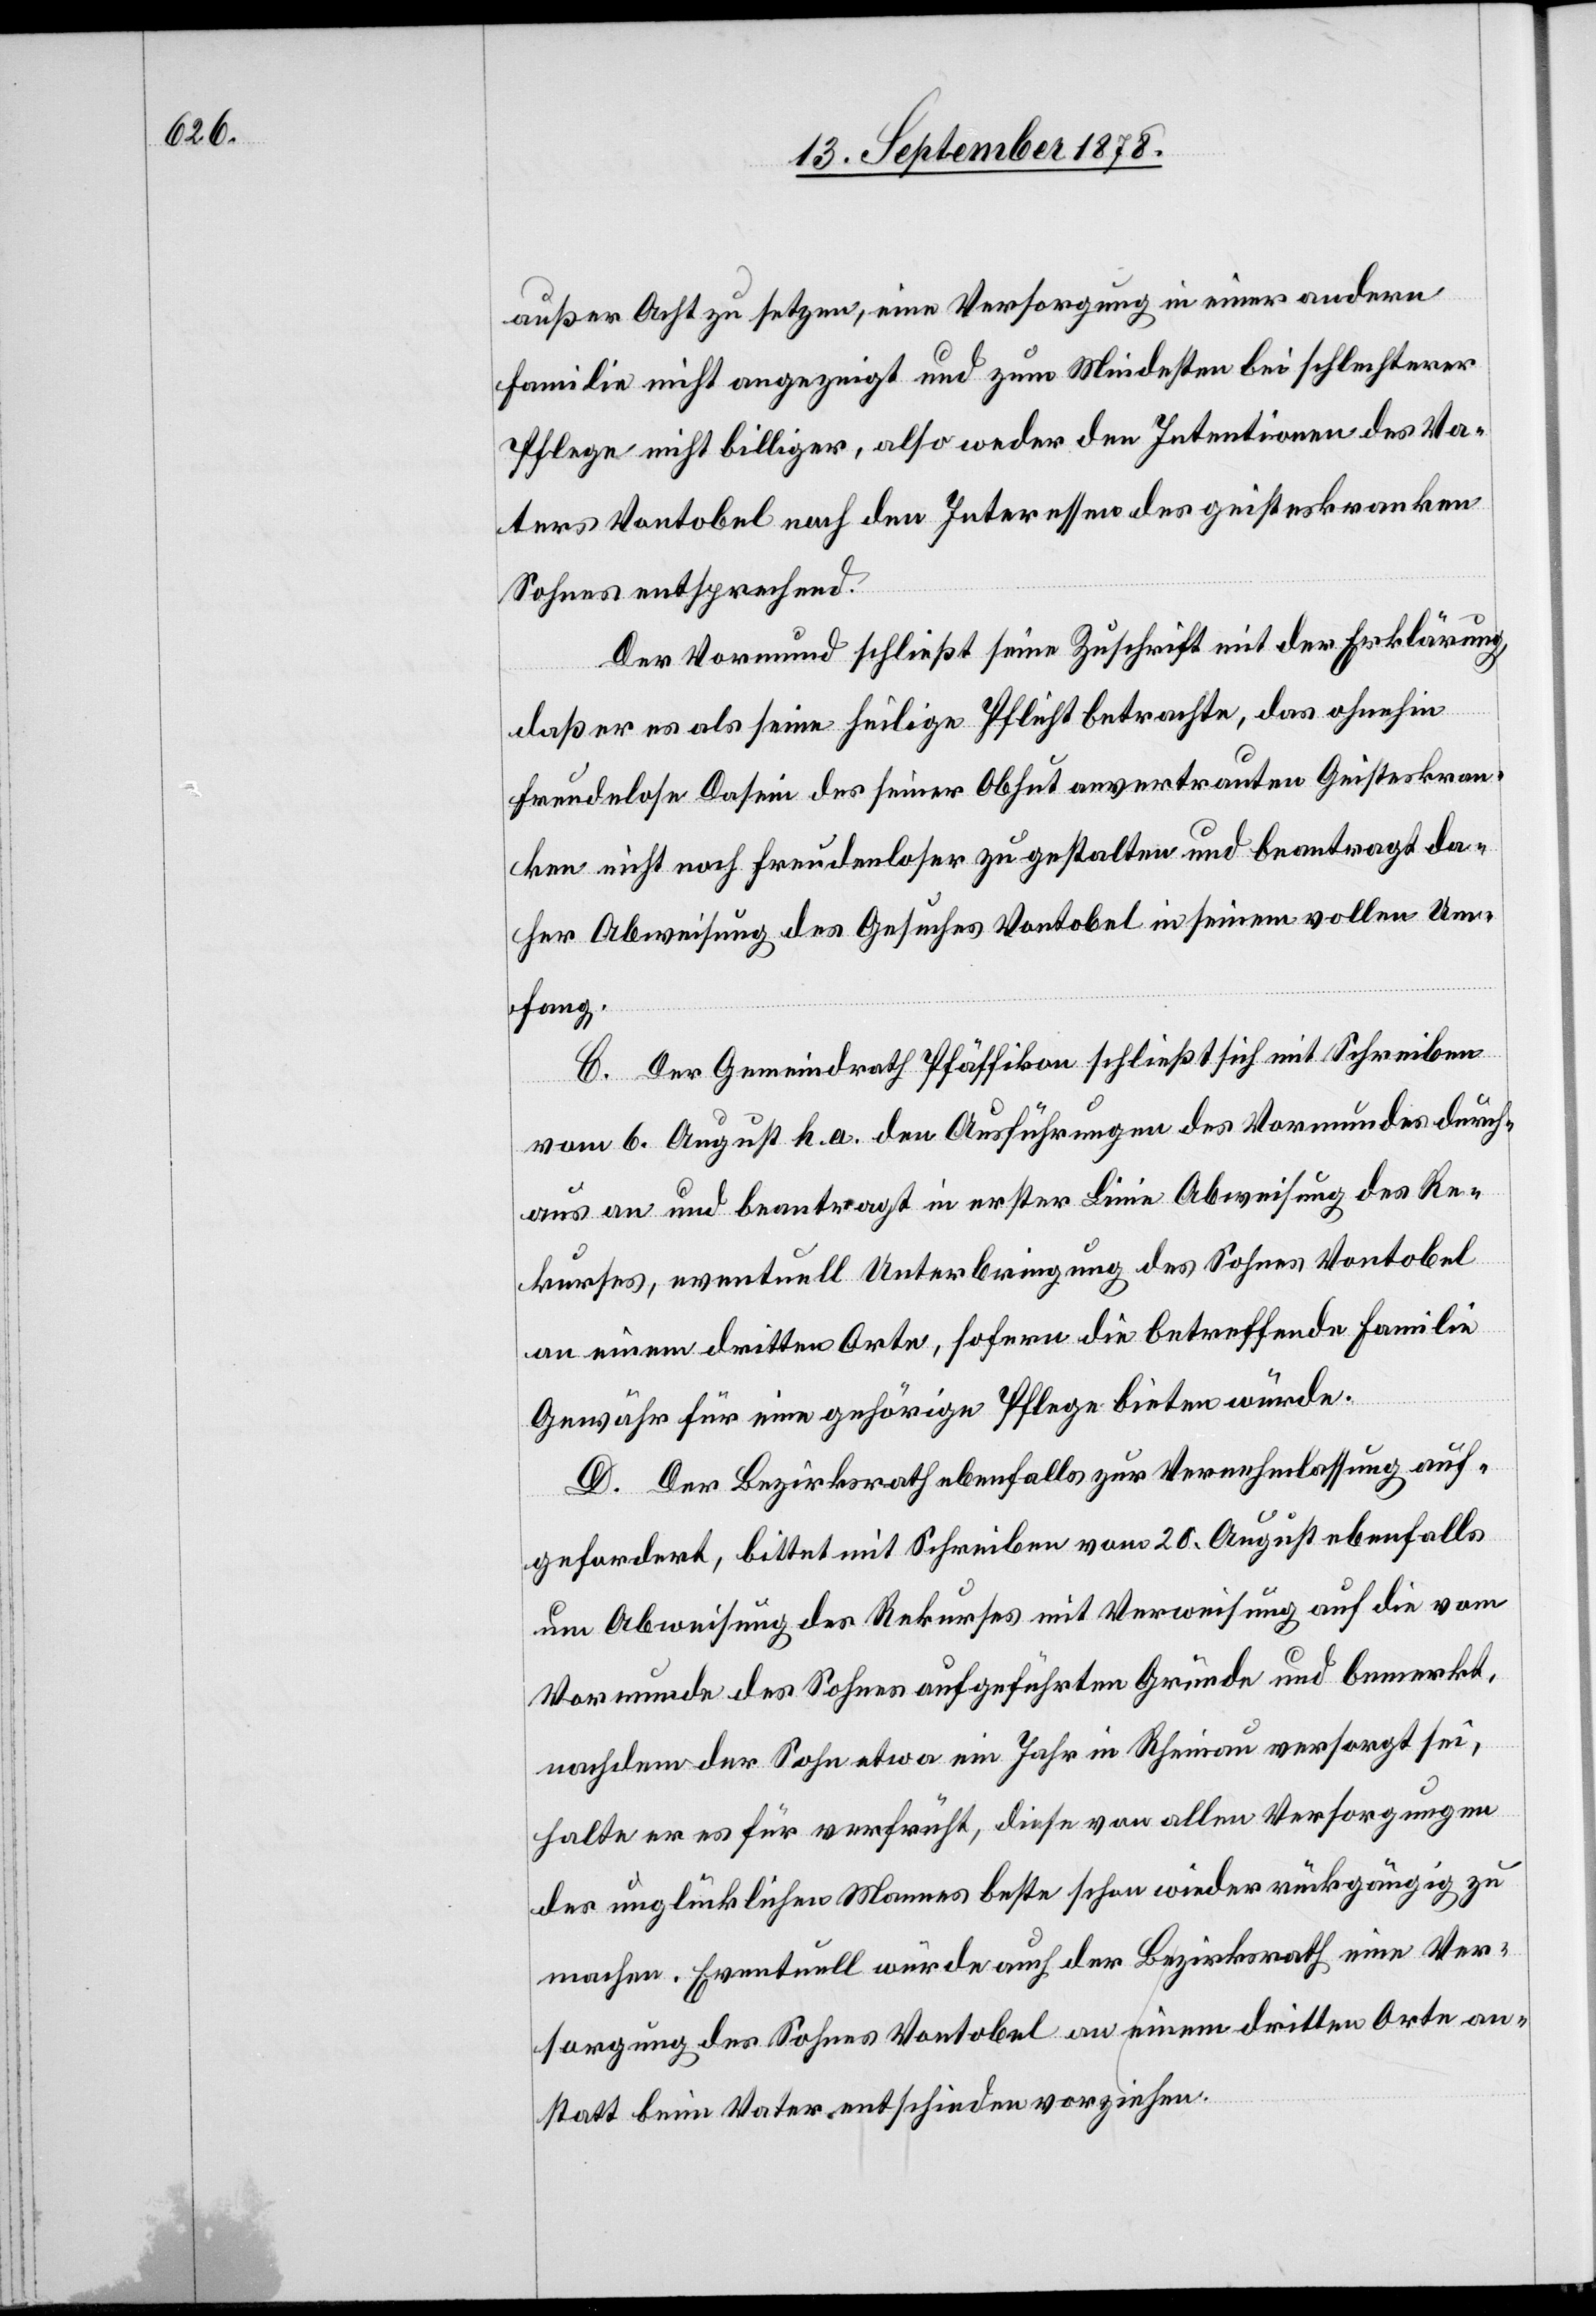
außer Acht zu setzen, eine Versorgung in einer andern
Familie nicht angezeigt und zum Mindesten bei schlechterer
Pflege nicht billiger, also weder den Intentionen des Va¬
ters Vontobel noch den Interessen des geisteskranken
Sohnes entsprechend.
Der Vormund schließt seine Zuschrift mit der Erklärung
daß er es als seine heilige Pflicht betrachte, das ohnehin
freudelose Dasein des seiner Obhut anvertrauten Geisteskran¬
ken nicht noch freudenloser zu gestalten und beantragt da¬
her Abweisung des Gesuches Vontobel in seinem vollen Um¬
fang.
C. Der Gemeindrath Pfäffikon schließt sich mit Schreiben
vom 6. August h. a. den Ausführungen des Vormundes durch¬
aus an und beantragt in erster Linie Abweisung des Re¬
kurses, eventuell Unterbringung des Sohnes Vontobel
an einem dritten Orte, sofern die betreffende Familie
Gewähr für eine gehörige Pflege bieten würde.
D. Der Bezirksrath ebenfalls zur Vernehmlassung auf¬
gefordert, bittet mit Schreiben vom 20. August ebenfalls
um Abweisung des Rekurses mit Verweisung auf die vom
Vormunde des Sohnes aufgeführten Gründe und bemerkt,
nachdem der Sohn etwa ein Jahr in Rheinau versorgt sei,
halte er es für verfrüht, diese von allen Versorgungen
des unglücklichen Mannes beste schon wieder rückgängig zu
machen. Eventuell würde auch der Bezirksrath eine Ver¬
sorgung des Sohnes Vontobel an einem dritten Orte an¬
statt beim Vater entschieden vorziehen.